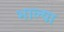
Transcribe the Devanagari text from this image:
भाल्या